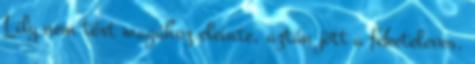
Lily nem tért magához eleinte, aztán jött a feketeleves.